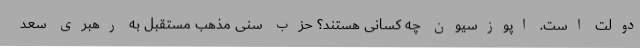
دولت است. اپوزسیون چه کسانی هستند؟ حزب سنی مذهب مستقبل به رهبری سعد